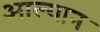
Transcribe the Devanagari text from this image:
आल्यान